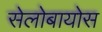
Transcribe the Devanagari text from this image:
सेलोबायोस